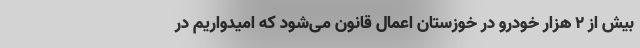
بیش از ۲ هزار خودرو در خوزستان اعمال قانون می‌شود که امیدواریم در